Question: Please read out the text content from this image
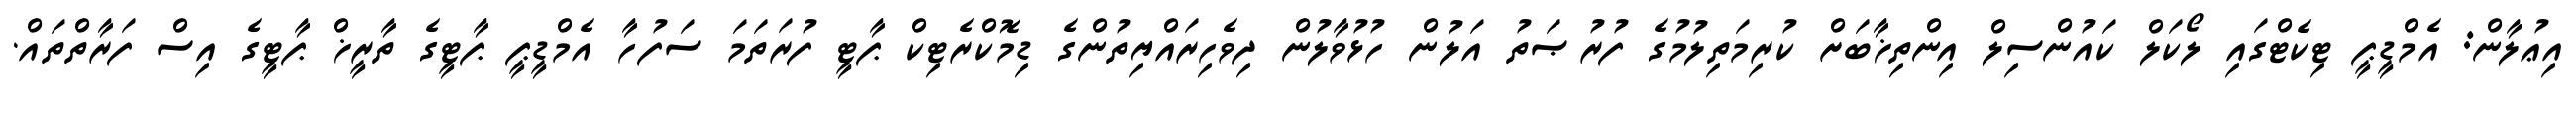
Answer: އިޢުލާން: އެމްޑީޕީ ޓިކެޓްގައި ލޯކަލް ކައުންސިލް އިންތިޚާބަށް ކުރިމަތިލުމުގެ ފުރުޞަތު އަލުން ހުޅުވާލުން ދިވެހިރައްޔިތުންގެ ޑިމޮކްރެޓިކް ޕާޓީ ފުރަތަމަ ސަފުހާ އެމްޑީޕީ ޕާޓީގެ ތާރީޚް ޕާޓީގެ އިސް ފަރާތްތައް.